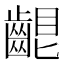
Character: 𪘟